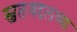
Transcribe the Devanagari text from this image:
स्वतःबद्दलच्या